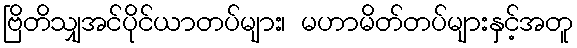
ဗြိတိသျှအင်ပိုင်ယာတပ်များ၊ မဟာမိတ်တပ်များနှင့်အတူ